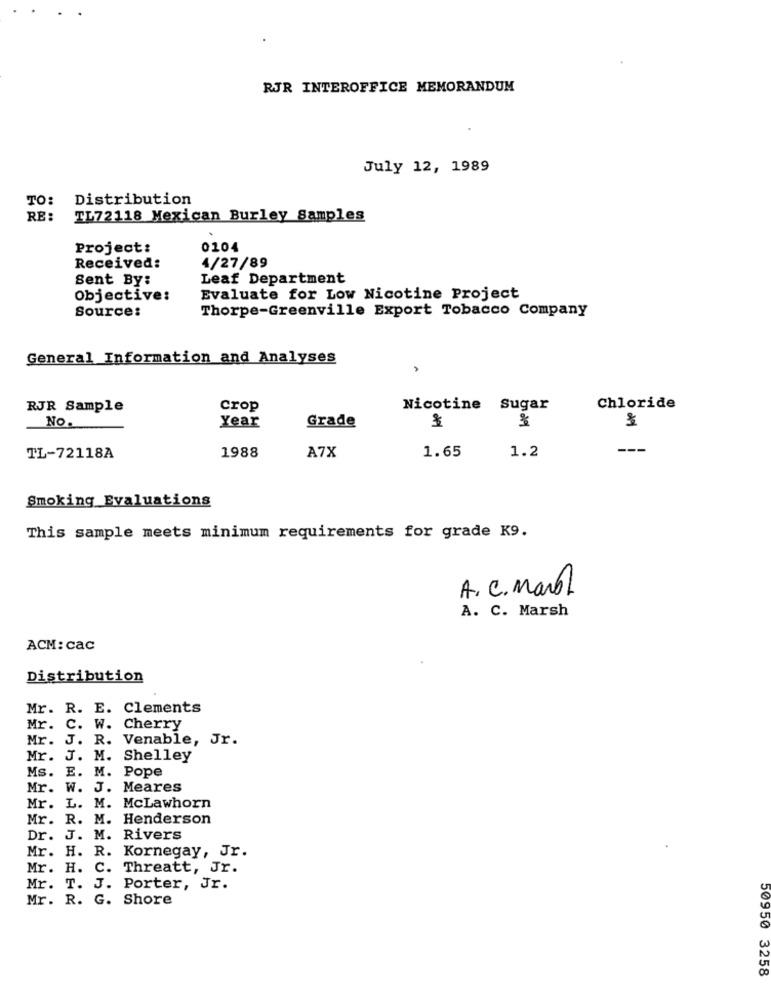
RJR INTEROFFICE MEMORANDUM
July 12, 1989
TO:
Distribution
RE:
TL72118 Mexican Burley Samples
Project:
0104
Received:
4/27/89
Sent By:
Leaf Department
Objective:
Evaluate for Low Nicotine Project
Source:
Thorpe-Greenville Export Tobacco Company
General Information and Analyses
RJR Sample
crop
Nicotine Sugar
Chloride
NO.
Year
Grade
O del
1988
1.65
1.2
---
TL-72118A
A7X
Smoking Evaluations
This sample meets minimum requirements for grade K9.
A. C. Manol
A. C. Marsh
ACM: cac
Distribution
Mr. R. E. Clements
Mr. C. W. Cherry
Mr. J. R. Venable, Jr.
Mr. J. M. Shelley
Ms. E. M. Pope
Mr. W. J. Meares
Mr. L. M. McLawhorn
Mr. R. M. Henderson
Dr. J. M. Rivers
Mr. H. R. Kornegay, Jr.
Mr. H. C. Threatt, Jr.
Mr. T. J. Porter, Jr.
Mr. R. G. Shore
50950 3258